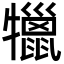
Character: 犣